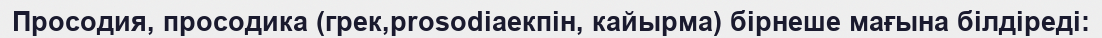
Просодия, просодика (грек,prosodiaекпін, кайырма) бірнеше мағына білдіреді: